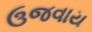
ઉજવાય